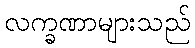
လက္ခဏာများသည်